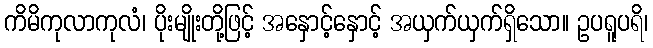
ကိမိကုလာကုလံ၊ ပိုးမျိုးတို့ဖြင့် အနှောင့်နှောင့် အယှက်ယှက်ရှိသော။ ဥပရူပရိ၊